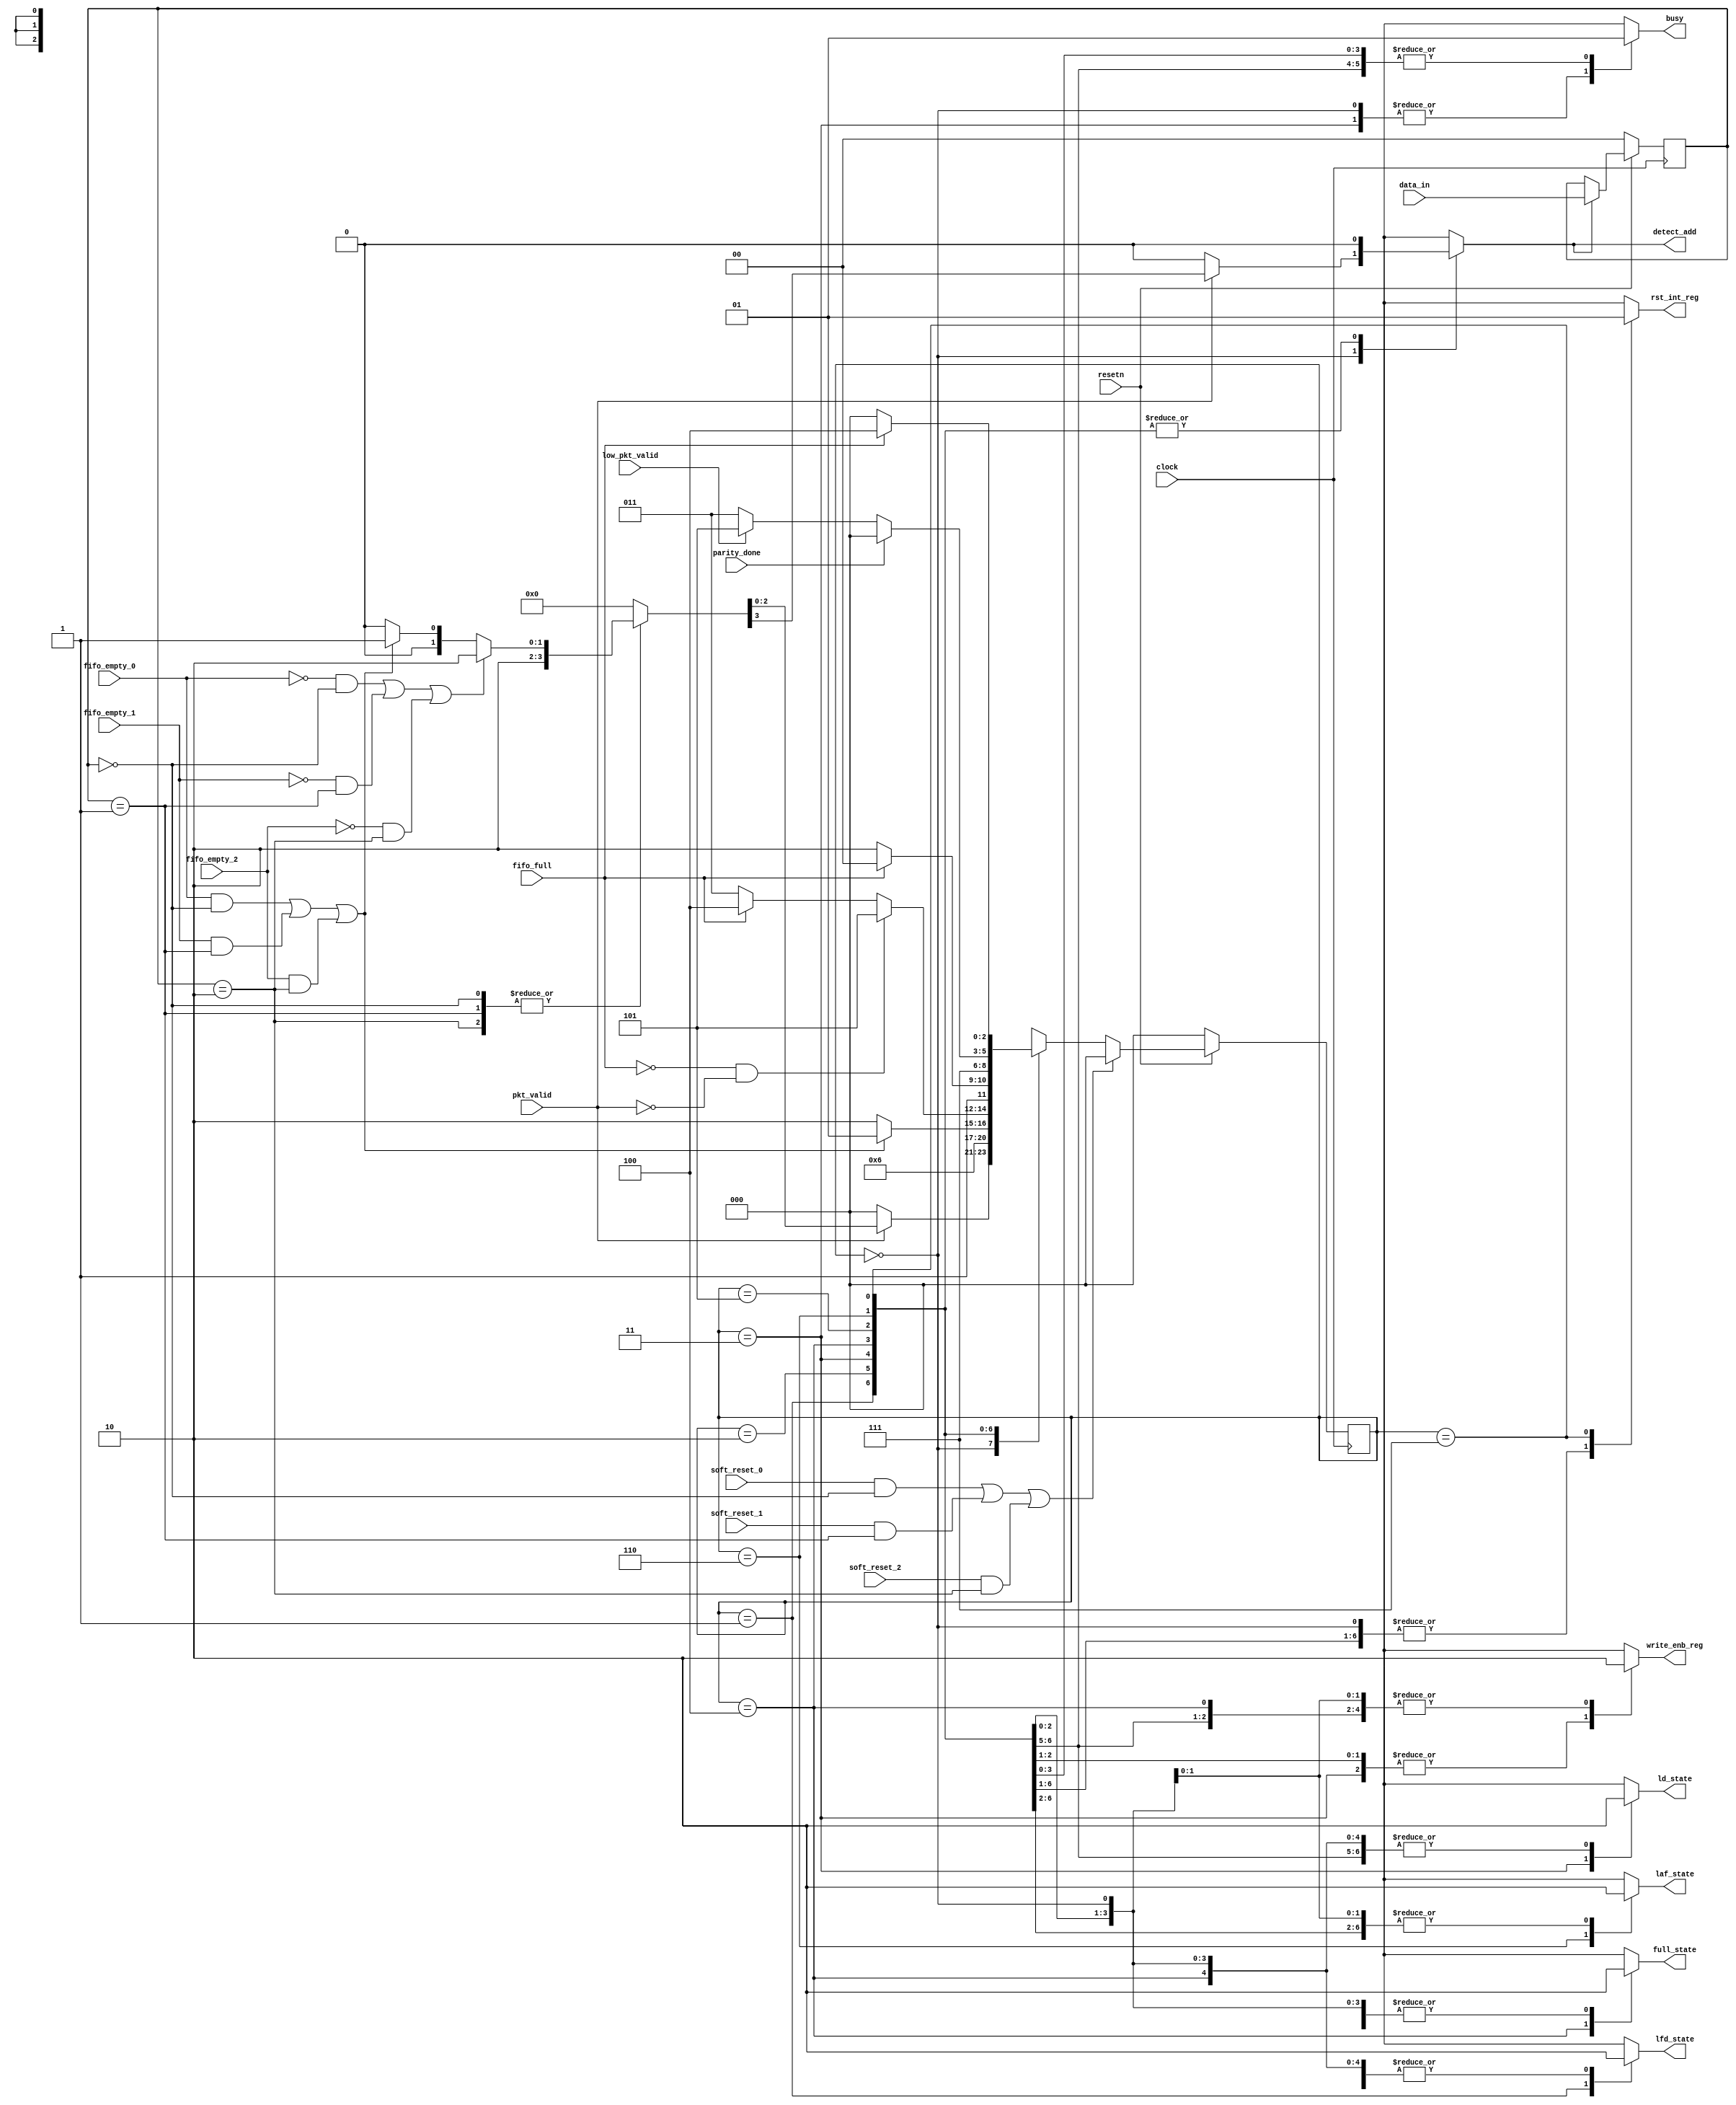
// RTL Code for Router1x3_FSM_Controller using Moore FSM model
module router_fsm(input clock, resetn, pkt_valid, parity_done, soft_reset_0, soft_reset_1, soft_reset_2, fifo_full, 
                        low_pkt_valid, fifo_empty_0, fifo_empty_1, fifo_empty_2,
				  input [1:0] data_in,
				  output reg busy, detect_add, ld_state, laf_state, full_state, write_enb_reg, rst_int_reg, lfd_state);

  wire fifo_empty_status;

  parameter DECODE_ADDRESS = 3'b000,
            LOAD_FIRST_DATA = 3'b001,
			WAIT_TILL_EMPTY = 3'b010,
			LOAD_DATA = 3'b011,
			FIFO_FULL_STATE = 3'b100,
			LOAD_PARITY = 3'b101,
			LOAD_AFTER_FULL = 3'b110,
			CHECK_PARITY_ERROR = 3'b111;

  reg [2:0] present_state, next_state;
  reg [1:0] temp;

  assign fifo_empty_status = ((fifo_empty_0 && temp == 2'b00) || (fifo_empty_1 && temp == 2'b01) || (fifo_empty_2 && temp == 2'b10));

  always@(posedge clock) // State Transition Logic (or) Present State Logic - Sequential
    begin
	  temp <= (~resetn) ? 2'b00 : (detect_add) ? data_in : temp;
      present_state <= (~resetn) ? DECODE_ADDRESS : ((soft_reset_0 && temp == 2'b00)|| (soft_reset_1 && temp == 2'b01) || (soft_reset_2 && temp == 2'b10)) ? DECODE_ADDRESS : next_state;
	end

  always@(*) // Next State Logic (Combinational) and Output Logic (Combinational in case of Moore FSM model) in a single always block
    begin
	  {busy, lfd_state, ld_state, laf_state, write_enb_reg, full_state, rst_int_reg, detect_add, next_state} = DECODE_ADDRESS;
	  case(present_state)
        DECODE_ADDRESS: begin
		                  if(pkt_valid)
						    begin
	                          case(temp)
			                    0, 1, 2: {detect_add, next_state} = {1'b1, ((~fifo_empty_0 && temp == 2'b00) || (~fifo_empty_1 && temp == 2'b01) || (~fifo_empty_2 && temp == 2'b10)) ? WAIT_TILL_EMPTY : (fifo_empty_status == 1'b1) ? LOAD_FIRST_DATA : next_state};
								default: {detect_add, next_state} = {1'b0, DECODE_ADDRESS};
			                  endcase
							end
	                    end
        LOAD_FIRST_DATA: {busy, lfd_state, next_state} = {1'b1, 1'b1, LOAD_DATA};
        WAIT_TILL_EMPTY: {busy, write_enb_reg, next_state} = {1'b1, 1'b0, (fifo_empty_status == 1'b1) ? LOAD_FIRST_DATA : WAIT_TILL_EMPTY};
        LOAD_DATA: {ld_state, write_enb_reg, busy, next_state} = {1'b1, 1'b1, 1'b0, (~fifo_full && ~pkt_valid) ? LOAD_PARITY : (fifo_full) ? FIFO_FULL_STATE : LOAD_DATA};
        FIFO_FULL_STATE: {busy, write_enb_reg, full_state, next_state} = {1'b1, 1'b0, 1'b1, (~fifo_full) ? LOAD_AFTER_FULL : FIFO_FULL_STATE};
        LOAD_PARITY: {busy, write_enb_reg, next_state} = {1'b1, 1'b1, CHECK_PARITY_ERROR};
        LOAD_AFTER_FULL: begin
		                   {busy, write_enb_reg, laf_state} = {1'b1, 1'b1, 1'b1};
		                   if(!parity_done)
							 next_state = (~low_pkt_valid) ? LOAD_DATA : LOAD_PARITY;
						   else
						     next_state = DECODE_ADDRESS;
		                 end
        CHECK_PARITY_ERROR:	{busy, rst_int_reg, next_state} = {1'b1, 1'b1, (fifo_full) ? FIFO_FULL_STATE : DECODE_ADDRESS};
      endcase
	end
endmodule